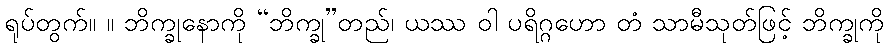
ရုပ်တွက်။ ။ ဘိက္ခုနောကို “ဘိက္ခု”တည်၊ ယဿ ဝါ ပရိဂ္ဂဟော တံ သာမီသုတ်ဖြင့် ဘိက္ခုကို